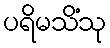
ပရိမသိံသု